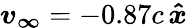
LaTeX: \boldsymbol{v_{\infty}}=-0.87c\, \boldsymbol{\hat{x}}